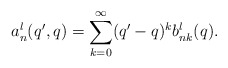
\begin{align*} a_n^l(q',q)= \sum_{k=0}^{\infty} (q'-q)^k b_{nk}^l(q).\end{align*}